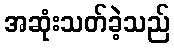
အဆုံးသတ်ခဲ့သည်